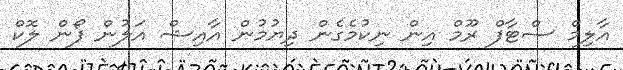
އާލިމް ސްޓާފް ރޫމް އިން ނިކުމެގެން ދިޔުމުން އާއިޝް އަލުން ފޯން ލޮކް